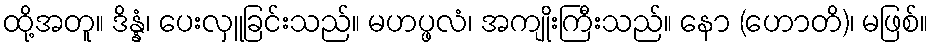
ထို့အတူ။ ဒိန္နံ၊ ပေးလှူခြင်းသည်။ မဟပ္ဖလံ၊ အကျိုးကြီးသည်။ နော (ဟောတိ)၊ မဖြစ်။